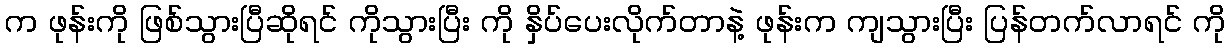
က ဖုန်းကို ဖြစ်သွားပြီဆိုရင် ကိုသွားပြီး ကို နှိပ်ပေးလိုက်တာနဲ့ ဖုန်းက ကျသွားပြီး ပြန်တက်လာရင် ကို